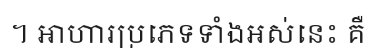
។ អាហារប្រភេទទាំងអស់នេះ គឺ